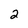
Character: 2